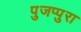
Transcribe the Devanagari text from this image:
पुजप्पुरा